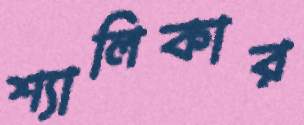
শ্যালিকার